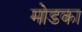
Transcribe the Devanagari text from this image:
मोडका